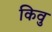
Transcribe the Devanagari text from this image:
किवु